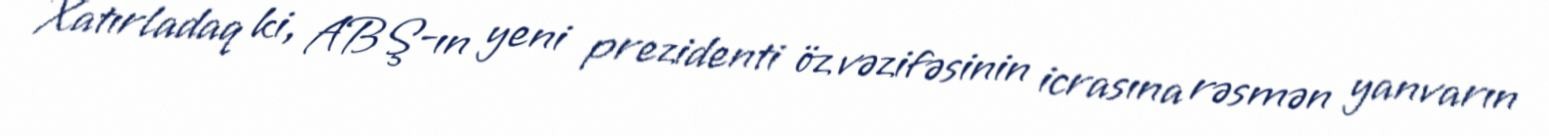
Xatırladaq ki, ABŞ-ın yeni prezidenti öz vəzifəsinin icrasına rəsmən yanvarın